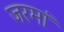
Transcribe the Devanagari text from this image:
जरमां